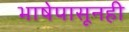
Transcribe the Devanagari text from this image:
भाषेपासूनही